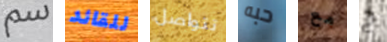
سم للقائد تتواصل حبه مع ح